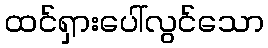
ထင်ရှားပေါ်လွင်သော